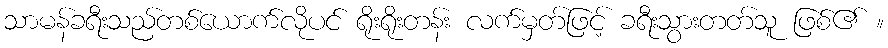
သာမန်ခရီးသည်တစ်ယောက်လိုပင် ရိုးရိုးတန်း လက်မှတ်ဖြင့် ခရီးသွားတတ်သူ ဖြစ်၏ ။